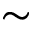
\sim